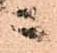
ニ